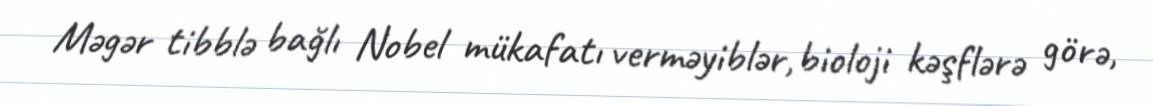
Məgər tibblə bağlı Nobel mükafatı verməyiblər, bioloji kəşflərə görə,